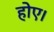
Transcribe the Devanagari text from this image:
होए।